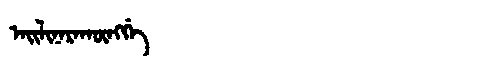
Manchu: ᠠᡳᠯᡳᠨᠠᡵᠠᡴᡡᠩᡤᡝ
Romanization: AILINARAKŪNGGE